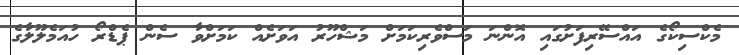
މެކްސިކޯގެ އައްސޭރިފަށުގައި އޮންނަ މަސްވެރިކަމަށް މަޝްހޫރު އަވަށެއް ކަމަށްވާ ސެން ޕެޑްރޯ ހުއަމެލޫލާގެ